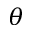
\theta